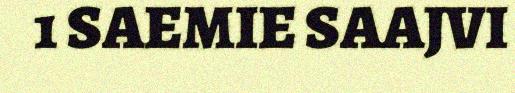
1 SAEMIE SAAJVI